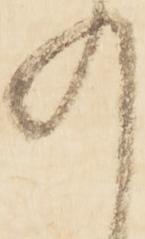
の